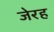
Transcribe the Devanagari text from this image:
जेरह